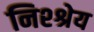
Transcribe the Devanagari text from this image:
निश्श्रेय